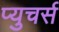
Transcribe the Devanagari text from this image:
प्युचर्स